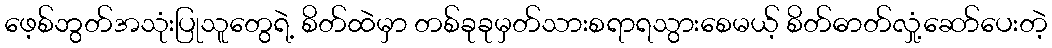
ဖေ့စ်ဘွတ်အသုံးပြုသူတွေရဲ့ စိတ်ထဲမှာ တစ်ခုခုမှတ်သားစရာရသွားစေမယ့် စိတ်ဓာတ်လှုံ့ဆော်ပေးတဲ့